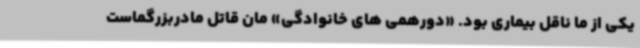
یکی از ما ناقل بیماری بود. «دورهمی های خانوادگی» مان قاتل مادربزرگماست